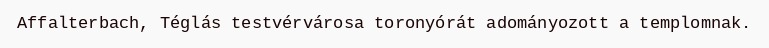
Affalterbach, Téglás testvérvárosa toronyórát adományozott a templomnak.